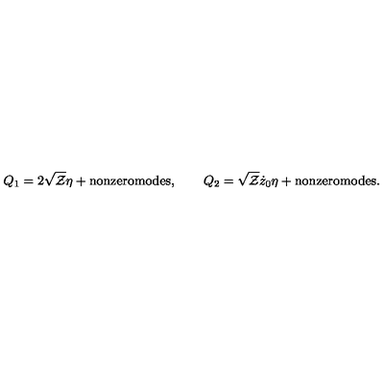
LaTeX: Q _ { 1 } = 2 \sqrt { \cal Z } \eta + \mathrm { n o n z e r o m o d e s } , \qquad Q _ { 2 } = \sqrt { \cal Z } \dot { z } _ { 0 } \eta + \mathrm { n o n z e r o m o d e s } .